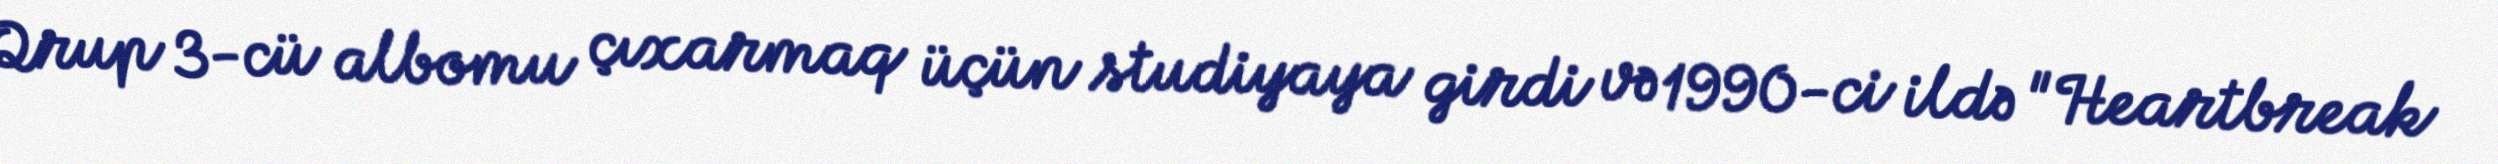
Qrup 3-cü albomu çıxarmaq üçün studiyaya girdi və 1990-ci ildə "Heartbreak